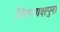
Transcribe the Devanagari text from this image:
विरुपाक्षपुरा